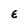
Character: E